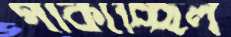
পাকাচ্ছিল